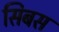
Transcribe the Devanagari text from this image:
सिबस